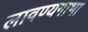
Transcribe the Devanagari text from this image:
लावण्यगाभा